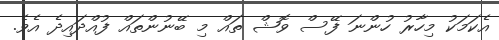
އެކަމަކު މިހާރު ހުންނަ ފޭސް ވޮޝް ތައް މި ބޭނުންތައް ފުއްދައިދެ އެވެ.